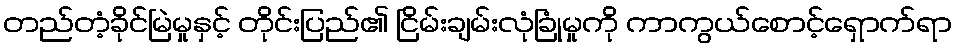
တည်တံ့ခိုင်မြဲမှုနှင့် တိုင်းပြည်၏ ငြိမ်းချမ်းလုံခြုံမှုကို ကာကွယ်စောင့်ရှောက်ရာ